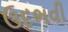
ઉદભવી